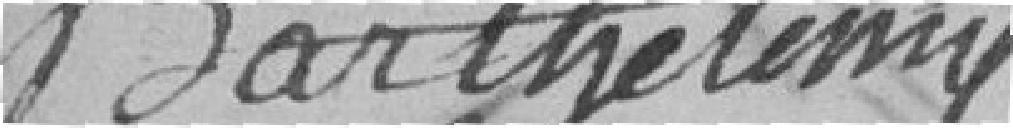
Barthelemy